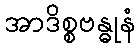
အာဒိစ္စဗန္ဓုနံ